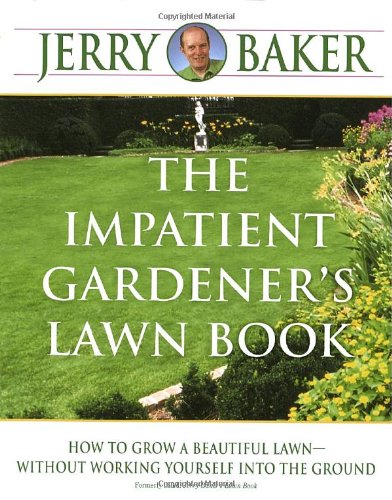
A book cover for The Impatient Gardener's Lawn Book; Jerry Baker; Crafts, Hobbies & Home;